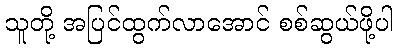
သူတို့ အပြင်ထွက်လာအောင် စစ်ဆွယ်ဖို့ပါ